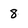
Character: 8